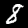
Digit: 8